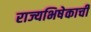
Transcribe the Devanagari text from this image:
राज्यभिषेकाची